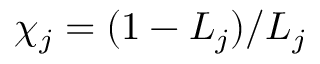
\chi _ { j } = ( 1 - L _ { j } ) / L _ { j }